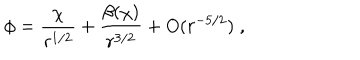
LaTeX: \phi = \frac { \chi } { r ^ { 1 / 2 } } + \frac { \beta ( \chi ) } { r ^ { 3 / 2 } } + O ( r ^ { - 5 / 2 } ) \; ,